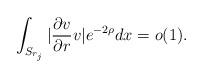
LaTeX: \begin{align*} \int_{S_{r_j}}|\frac{\partial v}{\partial r}v|e^{-2\rho}dx=o(1).\end{align*}